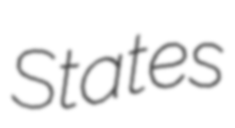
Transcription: States